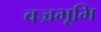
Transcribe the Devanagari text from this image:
वज्रभूमि